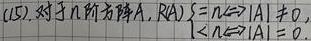
(15) 对于 \(n\) 阶方阵 \(A\)，\(R(A) = n \Leftrightarrow |A|\neq 0\)。